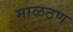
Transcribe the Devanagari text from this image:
माळठण